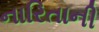
નારિતાની